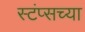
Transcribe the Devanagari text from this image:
स्टंप्सच्या